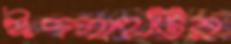
ঈদগাহটির